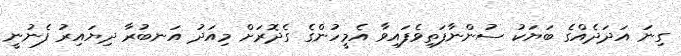
ގިނަ އަދަދެއްގެ ބަޔަކު ސުންނާފަތިވެފައިވާ އެމީހުންގެ ގެދޮރަށް މިއަދު އަނބުރާ ދިޔައިރު ފެނުނީ